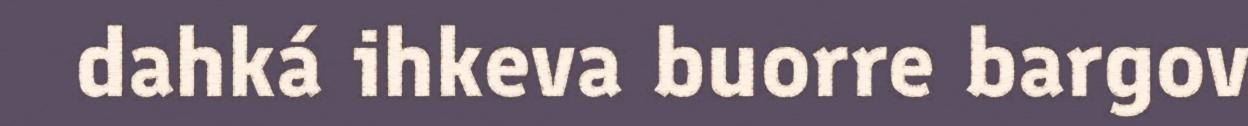
dahká ihkeva buorre bargov